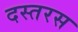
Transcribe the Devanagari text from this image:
दस्तरस